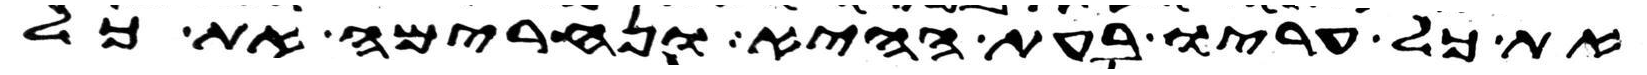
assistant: את כל עריו בעת ההיא ונחרימה את כל